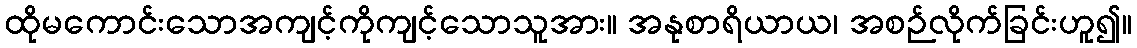
ထိုမကောင်းသောအကျင့်ကိုကျင့်သောသူအား။ အနုစာရိယာယ၊ အစဉ်လိုက်ခြင်းဟူ၍။